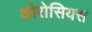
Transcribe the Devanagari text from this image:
ओरोसियस